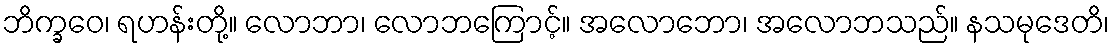
ဘိက္ခဝေ၊ ရဟန်းတို့။ လောဘာ၊ လောဘကြောင့်။ အလောဘော၊ အလောဘသည်။ နသမုဒေတိ၊